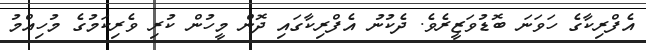
އެފްރިކާގެ ހަވަނަ ބޮޑުވަޒީރެވެ. ދެކުނު އެފްރިކާގައި ދޮން މީހުން ކުރި ވެރިކަމުގެ މުހިއްމު